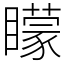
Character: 矇